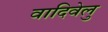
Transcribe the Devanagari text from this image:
वादिवेलु